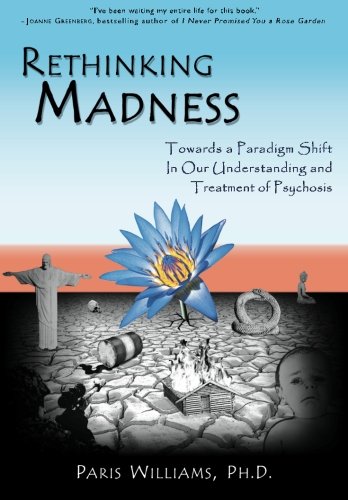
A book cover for Rethinking Madness: Towards a Paradigm Shift in Our Understanding and Treatment of Psychosis; Paris Williams; Health, Fitness & Dieting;